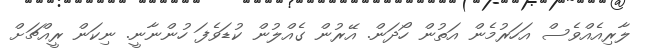
ލާރިއެއްވެސް އަހަރުމެން އަތުން ހޯދަން. އޭރުން ގެއްލުން ކުޑަވެފަ ހުންނާނީ. ނިކަން ރީއްޗަށް